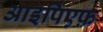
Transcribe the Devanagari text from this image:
आइपिएफ़